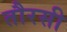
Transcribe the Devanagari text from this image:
तौरसी